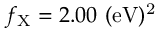
f _ { \mathrm { { X } } } = 2 . 0 0 ~ \mathrm { { ( e V ) ^ { 2 } } }